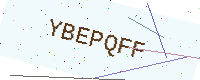
Text: YBEPQFF